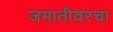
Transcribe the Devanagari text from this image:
जमातीवरचा